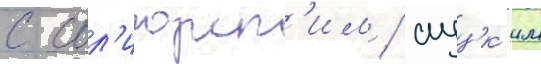
с сол'игорск'им / слуцк'им